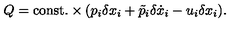
Q = \mathrm { c o n s t . } \times ( p _ { i } \delta x _ { i } + \tilde { p } _ { i } \delta \dot { x } _ { i } - u _ { i } \delta x _ { i } ) .